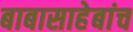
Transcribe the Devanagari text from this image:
बाबासाहेबांच